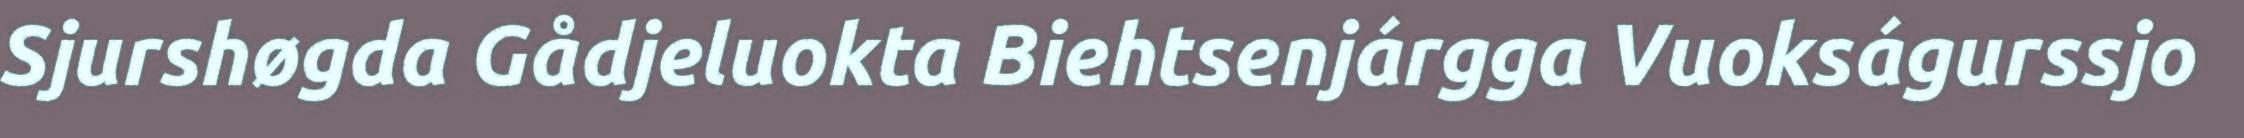
Sjurshøgda Gådjeluokta Biehtsenjárgga Vuokságurssjo